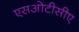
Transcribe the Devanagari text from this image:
एसओटीसीए